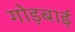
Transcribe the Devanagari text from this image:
गोड़बाई